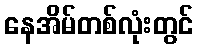
နေအိမ်တစ်လုံးတွင်